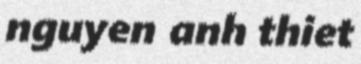
nguyen anh thiet